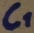
Text: C1